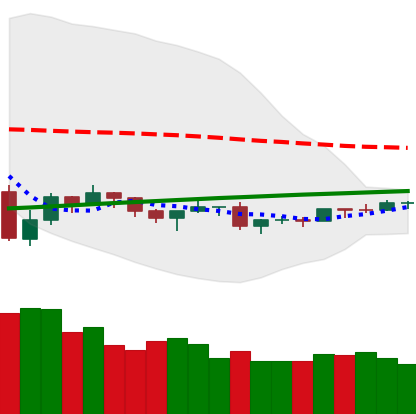
Ticker: ETH-USD
Chart end date: 2019-08-04
Forward return: -5.47%
Label: down_5_7